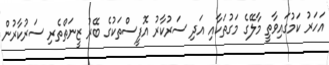
އަހަރު ކަމުގައިވާތީ މާލޭގެ މަގުތަކާއި އަދި ސަރުކާރު އޮފީސްތަކުގެ ބޭރު ޒީނަތްތެރި ސަރުކާރުން